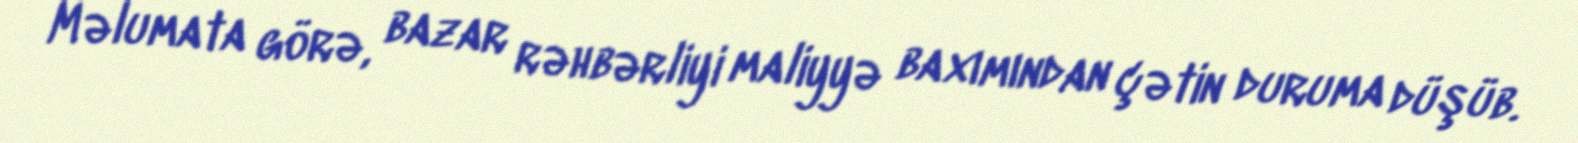
Məlumata görə, bazar rəhbərliyi maliyyə baxımından çətin duruma düşüb.